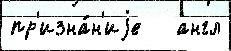
пр'изна́н'иjе   англ